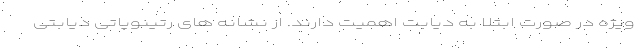
ویژه در صورت ابتلا به دیابت اهمیت دارند. از نشانه های رتینوپاتی دیابتی